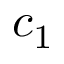
c _ { 1 }